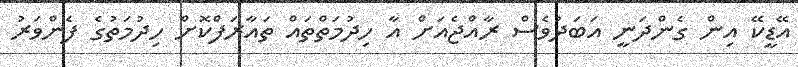
އޭޑީކޭ އިން ގެންދަނީ އަބަދުވެސް ރާއްޖެއަށް އާ ހިދުމަތްތައް ތައާރަފްކޮށް ހިދުމަތުގެ ފެންވަރު